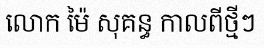
លោក ម៉ៃ សុគន្ធ កាលពីថ្មីៗ